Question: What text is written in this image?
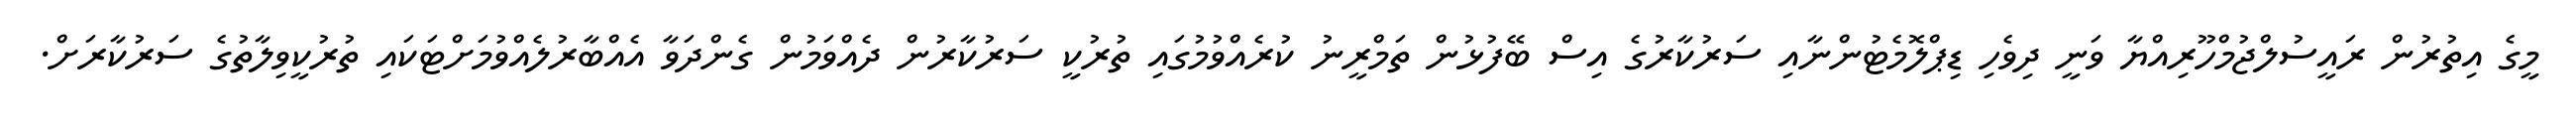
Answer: މީގެ އިތުރުން ރައީސުލްޖުމްހޫރިއްޔާ ވަނީ ދިވެހި ޑިޕްލޮމެޓުންނާއި ސަރުކާރުގެ އިސް ބޭފުޅުން ތަމްރީނު ކުރެއްވުމުގައި ތުރުކީ ސަރުކާރުން ދެއްވަމުން ގެންދަވާ އެއްބާރުލެއްވުމަށްޓަކައި ތުރުކީވިލާތުގެ ސަރުކާރަށް.